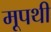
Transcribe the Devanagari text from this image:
मूपथी